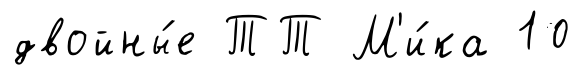
двойны́е ТТ М'и́ка 10